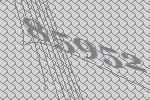
85952